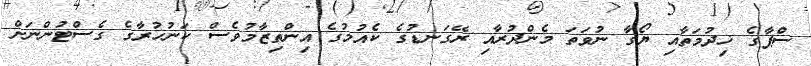
ސްޕާގެ ޚިދުމަތާއި ޔޯގާ ނުވަތަ މެންދުރާއި ރޭގަނޑުގެ ކެއުމުގެ އިންތިޒާމުވެސް ކަނުހުރާގެ ގެސްޓުންނަށް